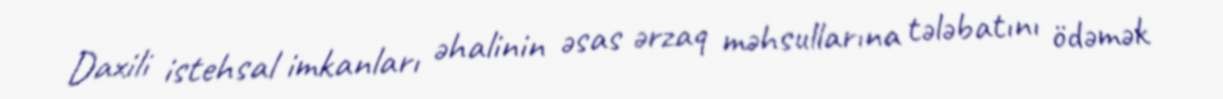
Daxili istehsal imkanları əhalinin əsas ərzaq məhsullarına tələbatını ödəmək